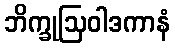
ဘိက္ခုဩဝါဒကာနံ